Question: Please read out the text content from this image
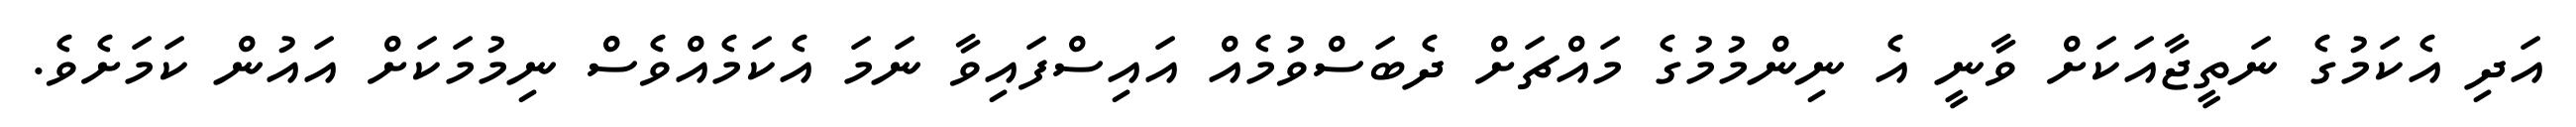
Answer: އަދި އެކަމުގެ ނަތީޖާއަކަށް ވާނީ އެ ނިންމުމުގެ މައްޗަށް ދެބަސްވުމެއް އައިސްފައިވާ ނަމަ އެކަމެއްވެސް ނިމުމަކަށް އައުން ކަމަށެވެ.